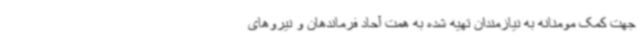
جهت کمک مومنانه به نیازمندان تهیه شده به همت آحاد فرماندهان و نیروهای